Vaccination in Bombay 1856-1862 - 1856-1862
Year: 1856
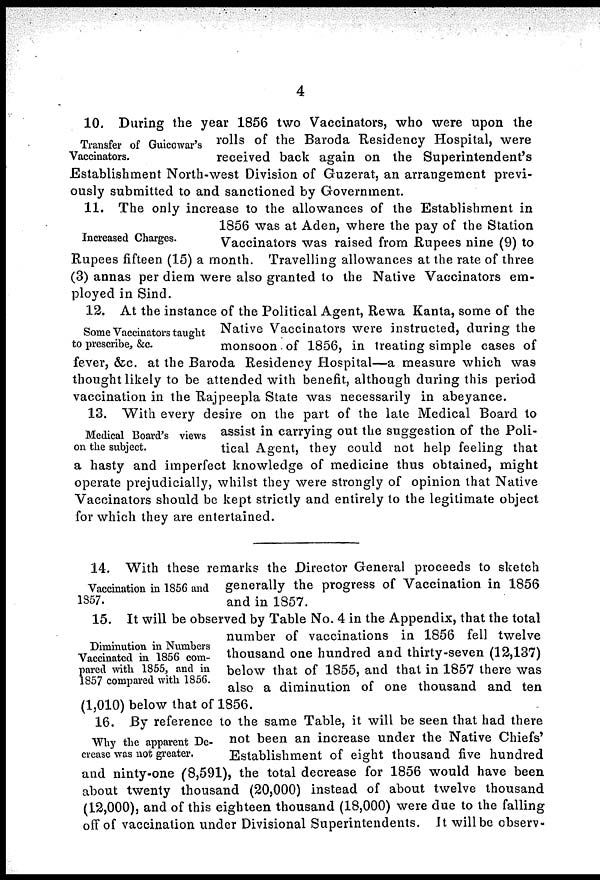
4
Transfer of Guicowar's
Vaccinators.
10. During the year 1856 two Vaccinators, who were upon the
rolls of the Baroda Residency Hospital, were
received back again on the Superintendent's
Establishment North-west Division of Guzerat, an arrangement previ-
ously submitted to and sanctioned by Government.
Increased Charges.
11. The only increase to the allowances of the Establishment in
1856 was at Aden, where the pay of the Station
Vaccinators was raised from Rupees nine (9) to
Rupees fifteen (15) a month. Travelling allowances at the rate of three
(3) annas per diem were also granted to the Native Vaccinators em-
ployed in Sind.
Some Vaccinators taught
to prescribe, &c.
12. At the instance of the Political Agent, Rewa Kanta, some of the
Native Vaccinators were instructed, during the
monsoon of 1856, in treating simple cases of
fever, &c. at the Baroda Residency Hospital—a measure which was
thought likely to be attended with benefit, although during this period
vaccination in the Rajpeepla State was necessarily in abeyance.
Medical Board's views
on the subject.
13. With every desire on the part of the late Medical Board to
assist in carrying out the suggestion of the Poli-
tical Agent, they could not help feeling that
a hasty and imperfect knowledge of medicine thus obtained, might
operate prejudicially, whilst they were strongly of opinion that Native
Vaccinators should be kept strictly and entirely to the legitimate object
for which they are entertained.
Vaccination in 1856 and
1857.
14. With these remarks the Director General proceeds to sketch
generally the progress of Vaccination in 1856
and in 1857.
Diminution in Numbers
Vaccinated in 1856 com-
pared with 1855, and in
1857 compared with 1856.
15. It will be observed by Table No. 4 in the Appendix, that the total
number of vaccinations in 1856 fell twelve
thousand one hundred and thirty-seven (12,137)
below that of 1855, and that in 1857 there was
also a diminution of one thousand and ten
(1,010) below that of 1856.
Why the apparent De-
crease was not greater.
16. By reference to the same Table, it will be seen that had there
not been an increase under the Native Chiefs'
Establishment of eight thousand five hundred
and ninty-one (8,591), the total decrease for 1856 would have been
about twenty thousand (20,000) instead of about twelve thousand
(12,000), and of this eighteen thousand (18,000) were due to the falling
off of vaccination under Divisional Superintendents. It will be observ¬